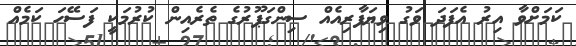
ކަމަށްވާ އިރު އެފަދަ ވަގު ވިޔަފާރިއެއް ސިންގަޕޫރުގެ ތެރެއިން ކުރުމަކީ ފަސޭހަ ކަމެއް